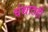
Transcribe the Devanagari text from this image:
धंद्यातही